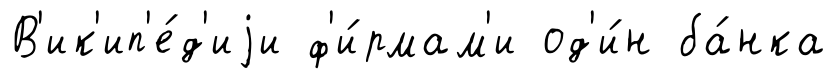
В'ик'ип'е́д'иjи ф'и́рмам'и од'и́н ба́нка